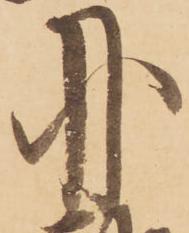
月